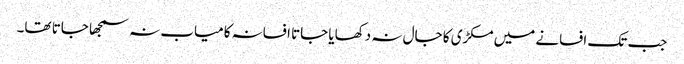
جب تک افسانے میں مکڑی کا جال نہ دکھایا جاتا افسانہ کامیاب نہ سمجھا جاتا تھا۔